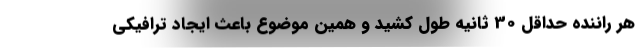
هر راننده حداقل 30 ثانیه طول کشید و همین موضوع باعث ایجاد ترافیکی